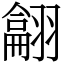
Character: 𦒈